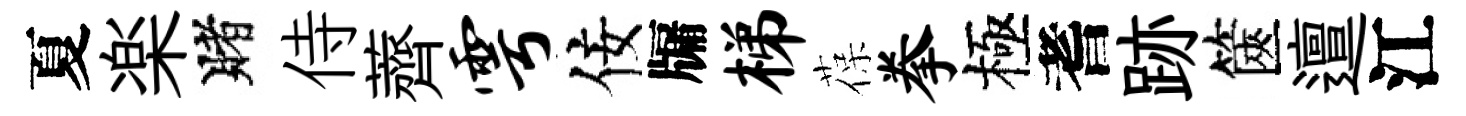
夏楽賭侍薺雩佞牖梯葆拳極耆跡篋邅江